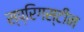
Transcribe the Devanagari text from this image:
स्प्रिगस्टीन